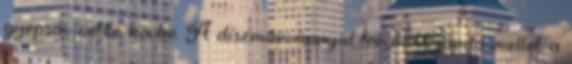
gyepsáv vette körbe. A díszmárvánnyal lerakott járda mellet a